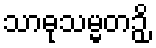
သာဓုသမ္မတဉှိ